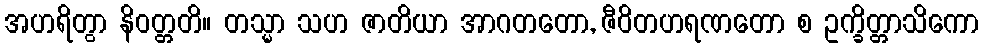
အဟရိတွာ နိဝတ္တတိ။ တသ္မာ သဟ ဇာတိယာ အာဂတတော, ဇီဝိတဟရဏတော စ ဥက္ခိတ္တာသိကော